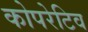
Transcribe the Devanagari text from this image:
कोपरेटिव